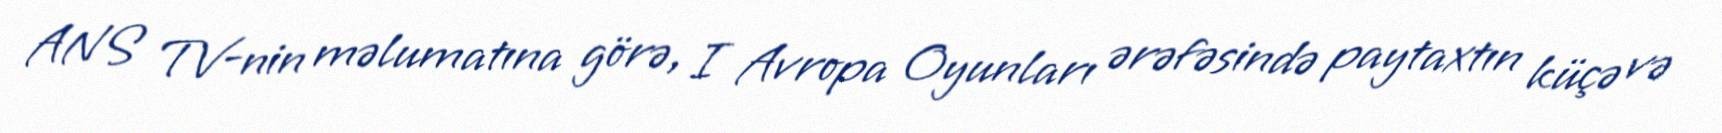
ANS TV-nin məlumatına görə, I Avropa Oyunları ərəfəsində paytaxtın küçə və